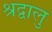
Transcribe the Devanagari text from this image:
श्रद्वालु